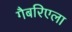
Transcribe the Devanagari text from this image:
गैबरिएला